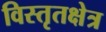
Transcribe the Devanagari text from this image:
विस्तृतक्षेत्र